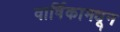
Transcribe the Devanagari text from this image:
वार्षिकामधून